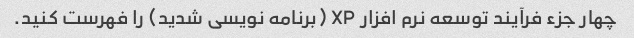
چهار جزء فرآیند توسعه نرم افزار XP (برنامه نویسی شدید) را فهرست کنید.